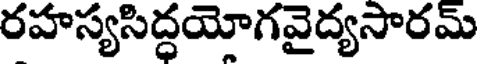
రహస్యసిద్ధయోగవైద్యసారమ్